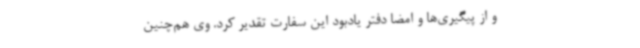
و از پیگیری‌ها و امضا دفتر یادبود این سفارت تقدیر کرد. وی هم‌چنین